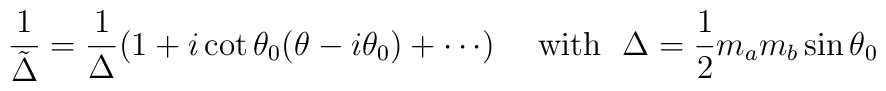
\frac{1}{\tilde\Delta}=\frac{1}{\Delta}(1+i\cot\theta_0(\theta-i\theta_0)+\cdots)\quad~{\rm with}~~\Delta=\frac{1}{2}m_am_b\sin\theta_0